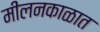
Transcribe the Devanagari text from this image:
मीलनकाळात